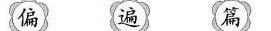
偏 遍 篇